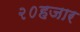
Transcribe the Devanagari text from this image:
२०हजार